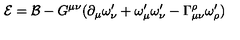
\mathcal { E = B } - G ^ { \mu \nu } ( \partial _ { \mu } \omega _ { \nu } ^ { \prime } + \omega _ { \mu } ^ { \prime } \omega _ { \nu } ^ { \prime } - \Gamma _ { \mu \nu } ^ { \rho } \omega _ { \rho } ^ { \prime } )